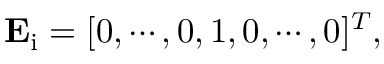
\mathbf { E } _ { \mathrm { i } } = [ 0 , \cdots , 0 , 1 , 0 , \cdots , 0 ] ^ { T } ,